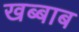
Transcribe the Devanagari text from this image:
खब्बाब